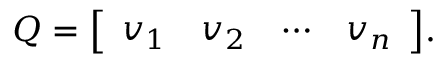
Q = { \left[ \begin{array} { l l l l } { v _ { 1 } } & { v _ { 2 } } & { \cdots } & { v _ { n } } \end{array} \right] } .